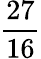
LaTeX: \frac{27}{16}